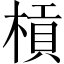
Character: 槓